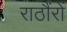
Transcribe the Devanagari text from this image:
राठौंरों